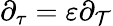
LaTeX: \partial_{\tau}=\varepsilon\partial_{\mathcal{T}}